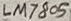
Text: LM7805